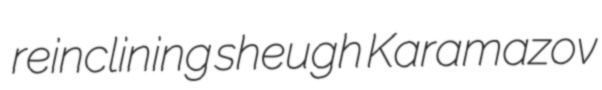
reinclining sheugh Karamazov